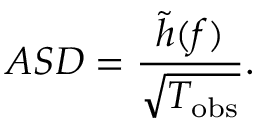
A S D = \frac { \tilde { h } ( f ) } { \sqrt { T _ { \mathrm { o b s } } } } .